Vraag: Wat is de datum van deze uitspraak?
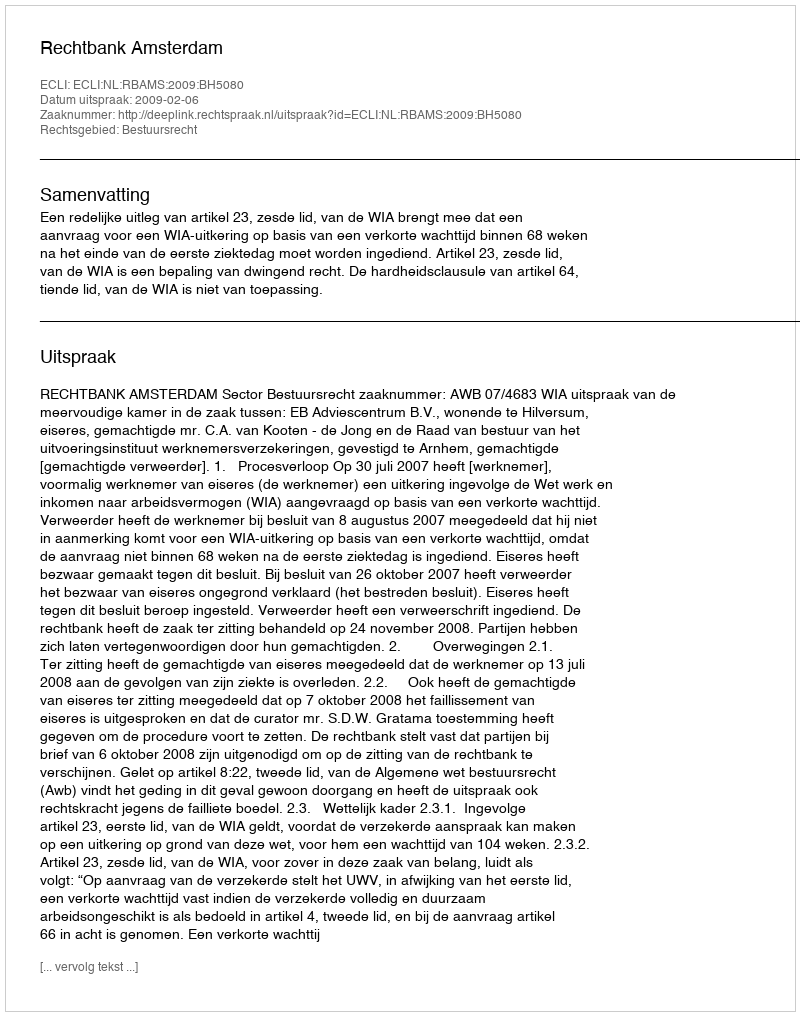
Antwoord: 2009-02-06